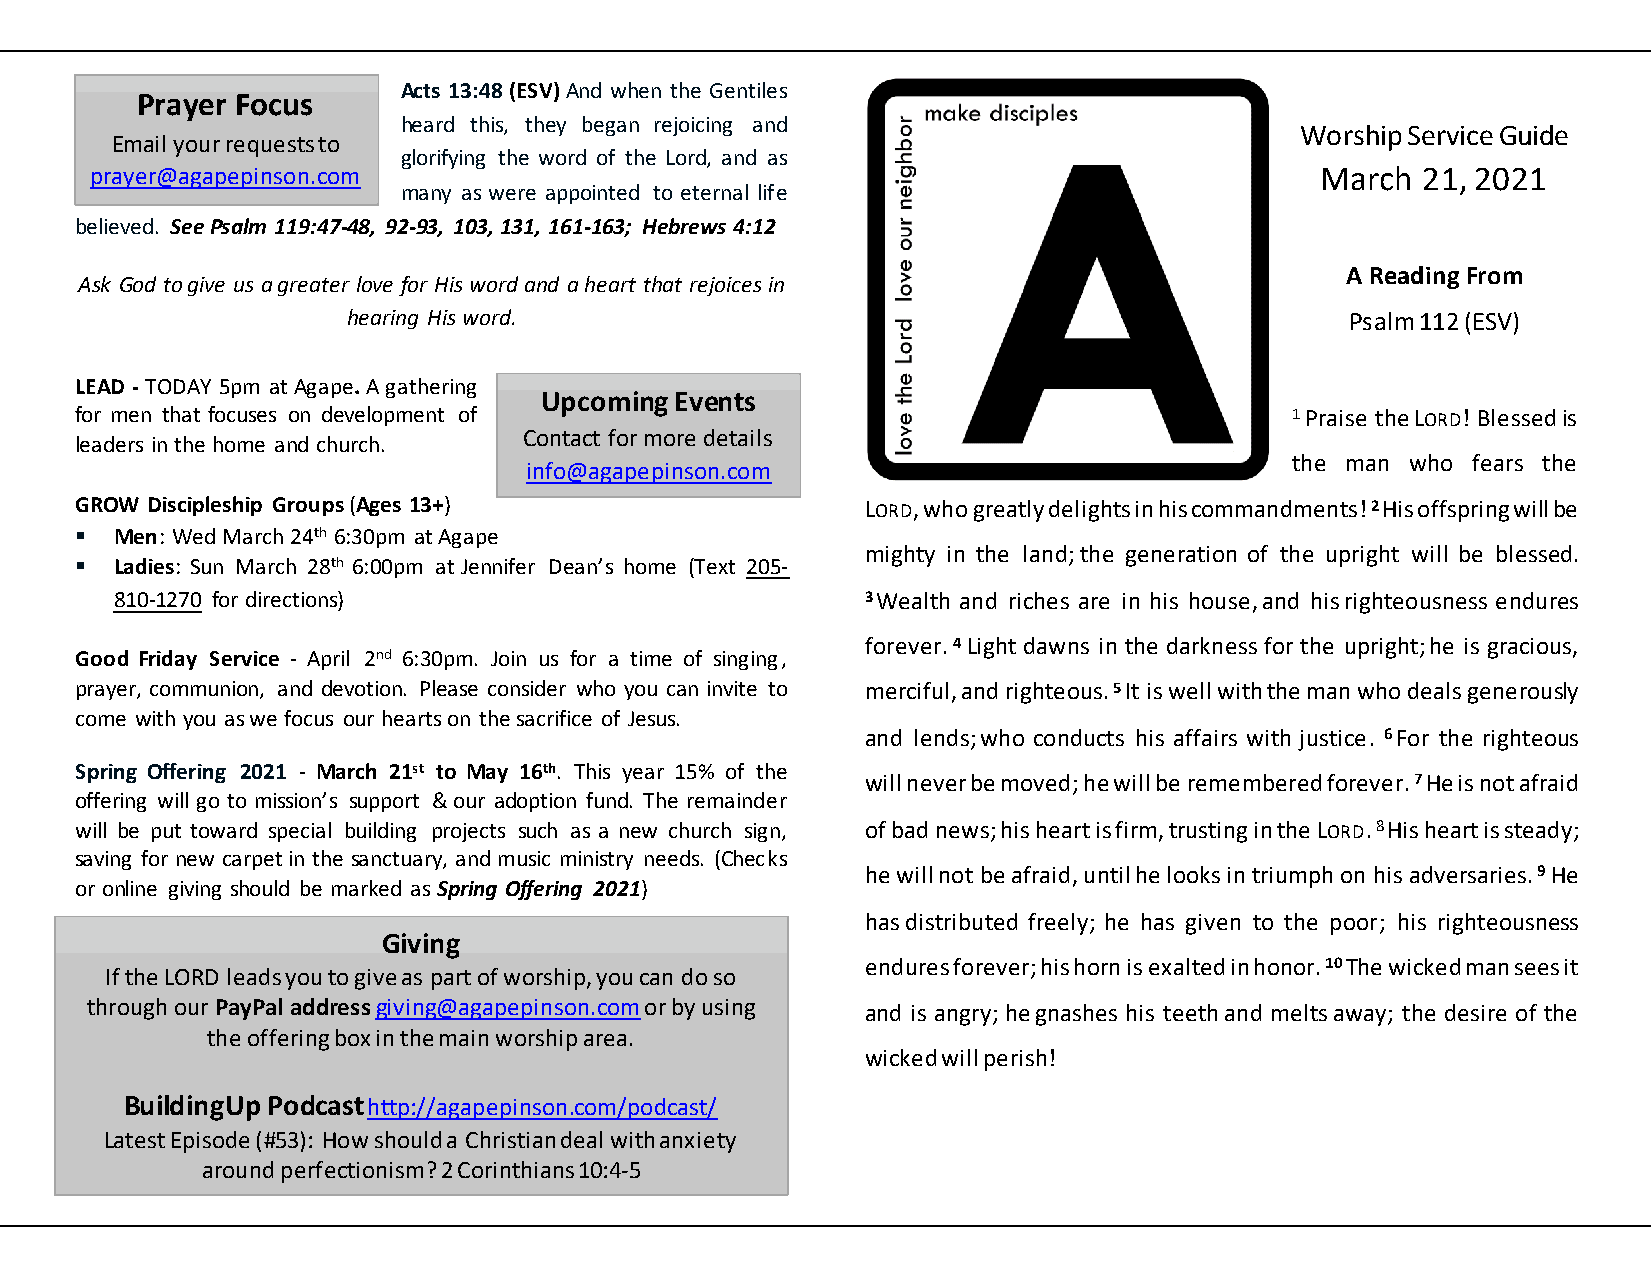
Acts 13:48 (ESV) And when the Gentiles
 Prayer Focus
 heard this, they began rejoicing and
 Worship Service Guide
 Email your requests to
 glorifying the word of the Lord, and as
 prayer@agapepinson.com                                                           March  21, 2021
 many as were appointed to eternal life
 believed. See Psalm 119:47-48, 92-93, 103, 131, 161-163; Hebrews 4:12
 A Reading From
 Ask God to give us a greater love for His word and a heart that rejoices in
 hearing His word.                                                 Psalm 112 (ESV)
 LEAD - TODAY 5pm at Agape. A gathering
 Upcoming Events
 for men that focuses on development of                                          1 Praise the LORD! Blessed is
 Contact for more details
 leaders in the home and church.
 the man who fears the
 info@agapepinson.com
 GROW Discipleship Groups (Ages 13+)                 LORD, who greatly delights in his commandments! 2 His offspring will be
 ▪  Men: Wed March 24th 6:30pm at Agape
 mighty in the land; the generation of the upright will be blessed.
 ▪  Ladies: Sun March 28th 6:00pm at Jennifer Dean’s home (Text 205-
 810-1270 for directions)                         3 Wealth and riches are in his house, and his righteousness endures
 forever. 4 Light dawns in the darkness for the upright; he is gracious,
 Good Friday Service - April 2nd 6:30pm. Join us for a time of singing,
 prayer, communion, and devotion. Please consider who you can invite to merciful, and righteous. 5 It is well with the man who deals generously
 come with you as we focus our hearts on the sacrifice of Jesus.
 and lends; who conducts his affairs with justice. 6 For the righteous
 Spring Offering 2021 - March 21st to May 16th. This year 15% of the
 will never be moved; he will be remembered forever. 7 He is not afraid
 offering will go to mission’s support & our adoption fund. The remainder
 will be put toward special building projects such as a new church sign, of bad news; his heart is firm, trusting in the LORD. 8 His heart is steady;
 saving for new carpet in the sanctuary, and music ministry needs. (Checks
 he will not be afraid, until he looks in triumph on his adversaries. 9 He
 or online giving should be marked as Spring Offering 2021)
 has distributed freely; he has given to the poor; his righteousness
 Giving
 endures forever; his horn is exalted in honor. 10 The wicked man sees it
 If the LORD leads you to give as part of worship, you can do so
 through our PayPal address giving@agapepinson.com or by using
 and is angry; he gnashes his teeth and melts away; the desire of the
 the offering box in the main worship area.
 wicked will perish!
 BuildingUp Podcast http://agapepinson.com/podcast/
 Latest Episode (#53): How should a Christian deal with anxiety
 around perfectionism? 2 Corinthians 10:4-5
 Internal Use